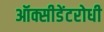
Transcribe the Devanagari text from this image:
ऑक्सीडेंटरोधी